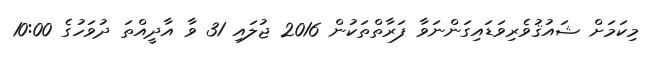
މިކަމަށް ޝައުޤުވެރިވަޑައިގަންނަވާ ފަރާތްތަކުން 2016 ޖުލައި 31 ވާ އާދީއްތަ ދުވަހުގެ 10:00